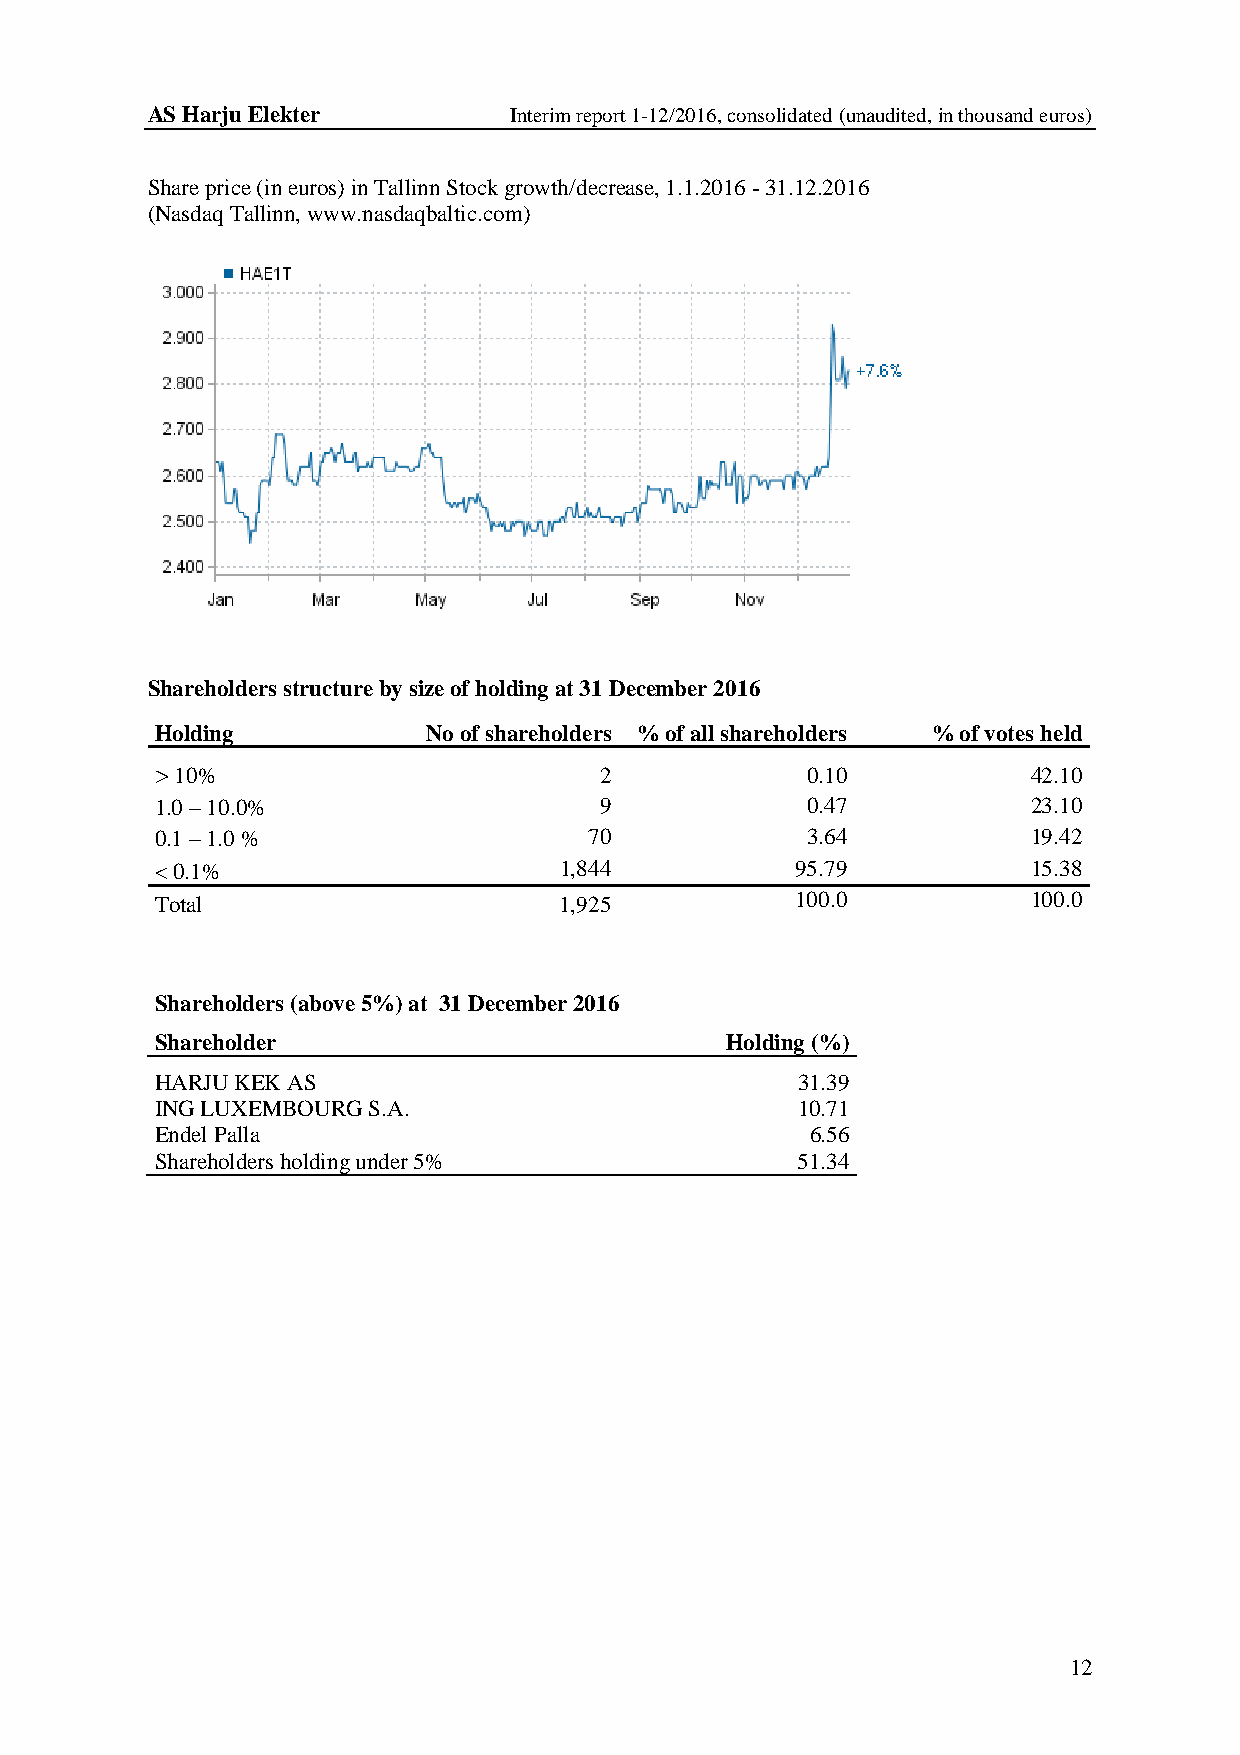
AS Harju Elekter        Interim report 1-12/2016, consolidated (unaudited, in thousand euros)
 Share price (in euros) in Tallinn Stock growth/decrease, 1.1.2016 - 31.12.2016
 (Nasdaq Tallinn, www.nasdaqbaltic.com)
 Shareholders structure by size of holding at 31 December 2016
 Holding           No of shareholders % of all shareholders % of votes held
 > 10%                         2            0.10           42.10
 1.0 – 10.0%                   9            0.47           23.10
 0.1 – 1.0 %                  70            3.64           19.42
 < 0.1%                     1,844           95.79          15.38
 Total                      1,925           100.0          100.0
 Shareholders (above 5%) at 31 December 2016
 Shareholder                           Holding (%)
 HARJU KEK AS                               31.39
 ING LUXEMBOURG S.A.                        10.71
 Endel Palla                                 6.56
 Shareholders holding under 5%              51.34
 12